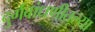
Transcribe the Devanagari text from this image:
दुर्गबांधणीतल्या